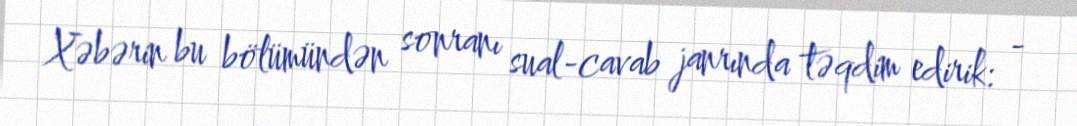
Xəbərin bu bölümündən sonranı sual-cavab janrında təqdim edirik: -